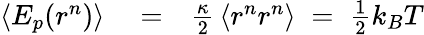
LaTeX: \begin{array}{rlr}{\left\langle E_{p}(r^{n})\right\rangle}&{{}=}&{\frac{\kappa}{2}\, \left\langle r^{n}r^{n}\right\rangle\; =\; \frac{1}{2}k_{B}T}\end{array}